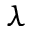
\lambda